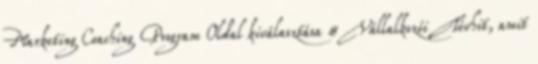
Marketing Coaching Program Oldal kiválasztása 8 Vállalkozói Tévhit, amit